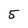
Character: 5